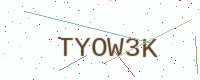
Text: TYOW3K